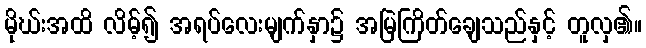
မိုဃ်းအထိ လိမ့်၍ အရပ်လေးမျက်နှာ၌ အမြဲကြိတ်ချေသည်နှင့် တူလှ၏။